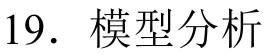
19. 模型分析